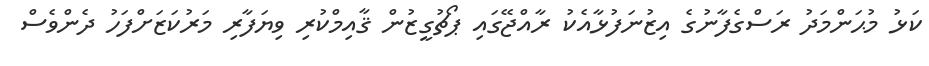
ކަޅު މުޙަންމަދު ރަސްގެފާނުގެ އިޒުނަފުޅާއެކު ރާއްޖޭގައި ޕޯޗުގީޒުން ޤާއިމްކުރި ވިޔަފާރި މަރުކަޒަށްފަހު ދެންވެސް